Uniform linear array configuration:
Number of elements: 24
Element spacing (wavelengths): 0.75
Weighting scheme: hamming
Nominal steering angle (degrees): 60
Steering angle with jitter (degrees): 58.395
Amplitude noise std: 0.05
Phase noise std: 0.05

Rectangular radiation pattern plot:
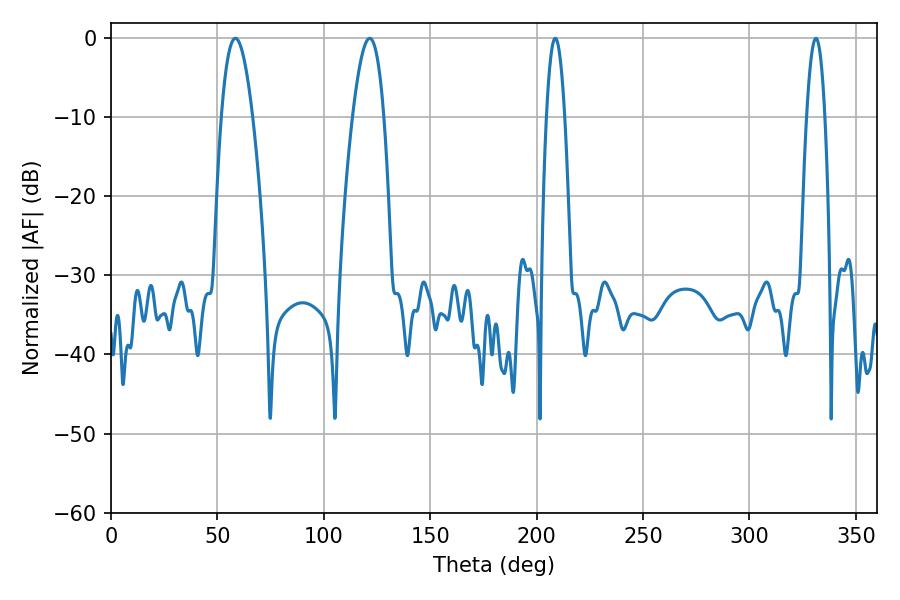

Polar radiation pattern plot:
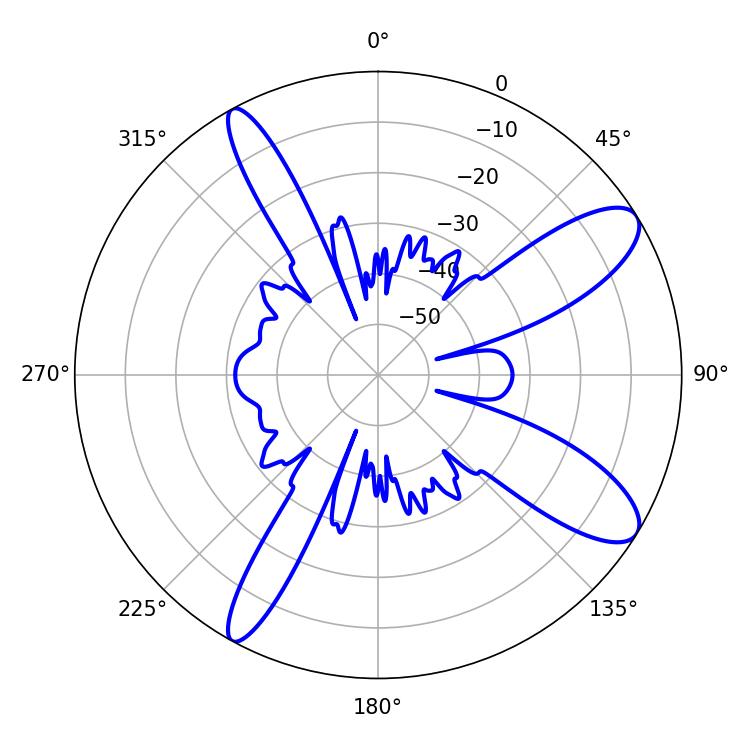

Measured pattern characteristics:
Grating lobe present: TRUE
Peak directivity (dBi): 10.631
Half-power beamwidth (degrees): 7.92
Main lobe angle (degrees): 58.5